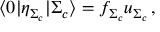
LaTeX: \langle 0 | \eta _ { \Sigma _ { c } } | \Sigma _ { c } \rangle = f _ { \Sigma _ { c } } u _ { \Sigma _ { c } } \, ,